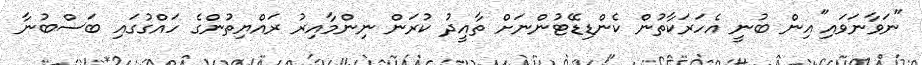
"ނަވާނަވައި"އިން ބުނީ އެހަރަކާތުން ކެންޑިޑޭޓުންނަށް ތާއީދު ކުރަން ނިންމާއިރު ރައްޔިތުންގެ ހައްގުގައި ބަސްބުނާ